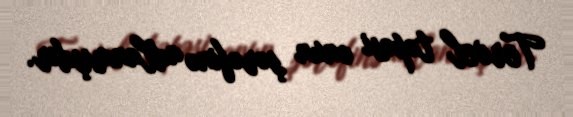
Tervel təpəsi onun şərəfinə adlanmışdır.